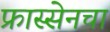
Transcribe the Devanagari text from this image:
फ्रास्सेनचा